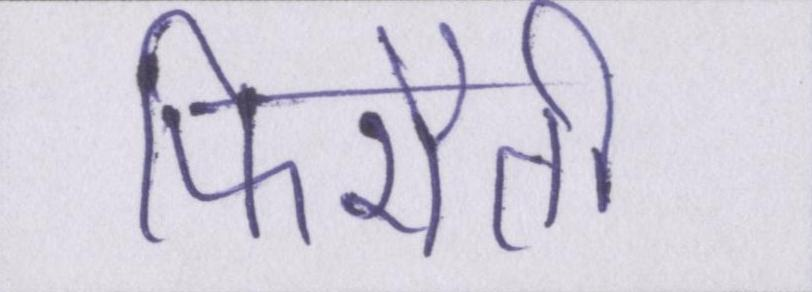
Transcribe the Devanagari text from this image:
फिरौती